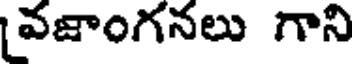
వజాంగనలు గాని